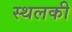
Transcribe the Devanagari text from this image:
स्‍थलकी